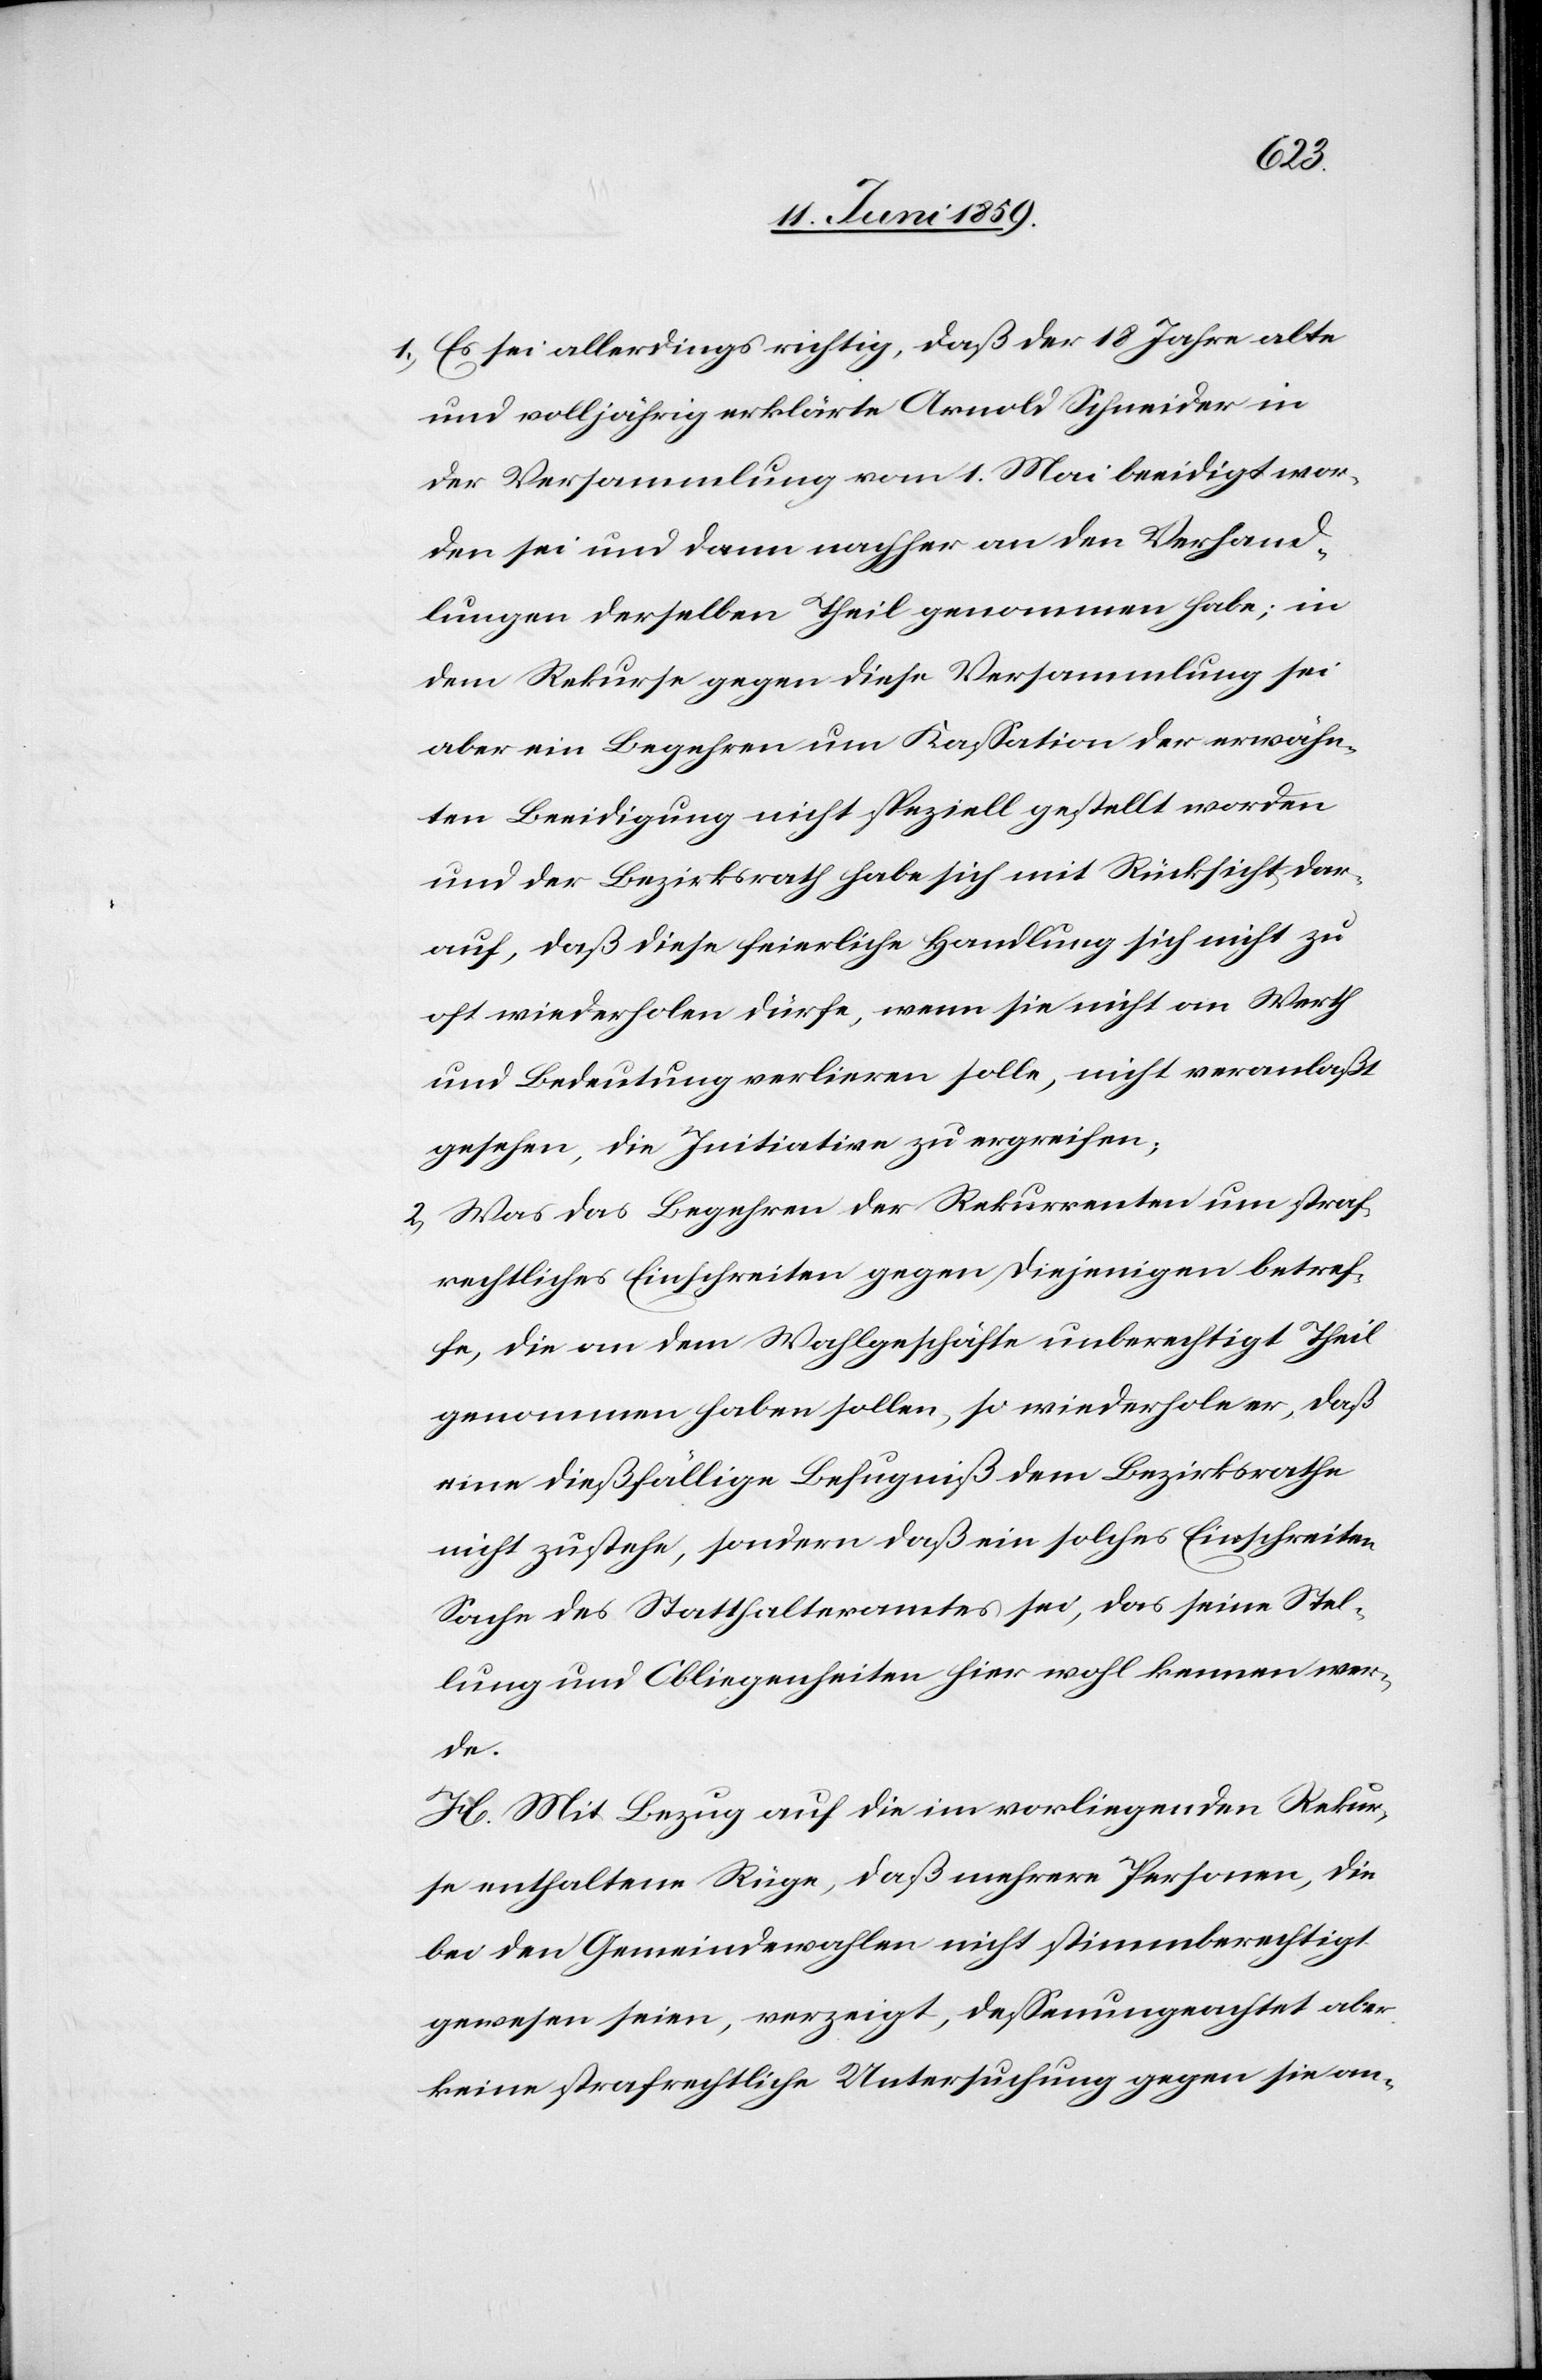
1) Es sei allerdings richtig, daß der 18 Jahre alte
und volljährig erklärte Arnold Schneider in
der Versammlung vom 1. Mai beeidigt wor¬
den sei und dann nachher an den Verhand¬
lungen derselben Theil genommen habe; in
dem Rekurse gegen diese Versammlung sei
aber ein Begehren um Kassation der erwähn¬
ten Beeidigung nicht speziell gestellt worden
und der Bezirksrath habe sich mit Rücksicht dar¬
auf, daß diese feierliche Handlung sich nicht zu
oft wiederholen dürfe, wenn sie nicht an Werth
und Bedeutung verlieren solle, nicht veranlaßt
gesehen, die Initiation zu ergreifen;
2) Was das Begehren der Rekurrenten um straf¬
rechtliches Einschreiben gegen diejenigen betref¬
fe, die an dem Wahlgeschäfte unberechtigt Theil
genommen haben sollen, so wiederhole er, daß
eine dießfällige Befugniß dem Bezirksrathe
nicht zustehe, sondern daß ein solches Einschreiben
Sache des Statthalteramtes sei, das seine Stel¬
lung und Obliegenheiten hier wohl kennen wer¬
de.
H. Mit Bezug auf die im vorliegenden Rekur¬
se enthaltene Rüge, daß mehrere Personen, die
bei den Gemeindewahlen nicht stimmberechtigt
gewesen seien, verzeigt, dessenungeachtet aber
keine strafrechtliche Untersuchung gegen sie an-